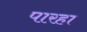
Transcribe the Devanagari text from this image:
पारहा